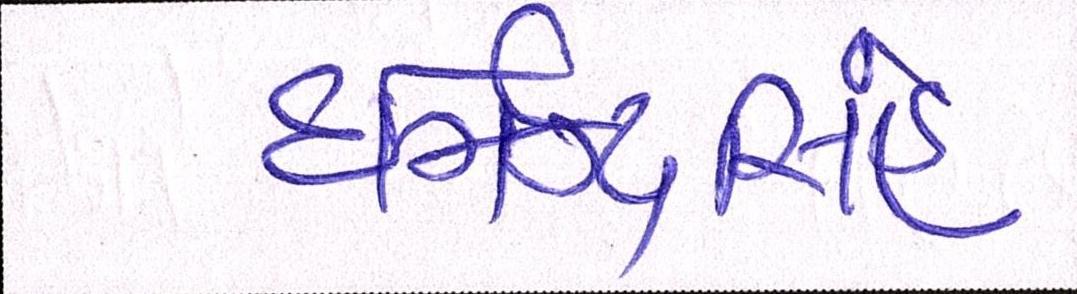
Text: ધર્મેન્દ્રસિંહ